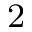
^ \mathrm { 2 }